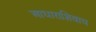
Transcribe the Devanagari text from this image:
आधाराशिवाय